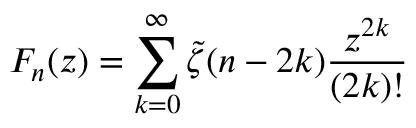
F _ { n } ( z ) = \sum _ { k = 0 } ^ { \infty } \tilde { \zeta } ( n - 2 k ) \frac { z ^ { 2 k } } { ( 2 k ) ! }